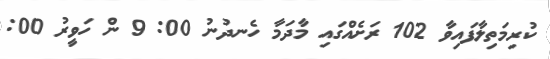
ކުރިމަތިލާފައިވާ 102 ރަށެއްގައި މާދަމާ ހެނދުނު 00: 9 ން ހަވީރު 00: